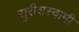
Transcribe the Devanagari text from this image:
सुरीशस्वामी